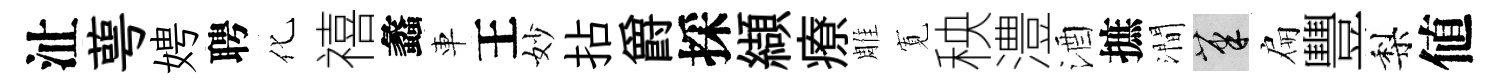
沚萼娉聘化禧蠡車王妙拈爵採纈療雕𡩖秧澧酒摭澗筆扁豐梨値